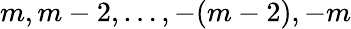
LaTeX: m,m-2,\ldots,-(m-2),-m